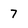
Character: 7